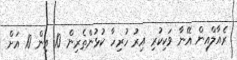
ރެއާލްއިން އޭނާ ވަކިކުރި އިރު ހުރިހާ ކުޅުންތެރިން 10 އިން 10 އަށް